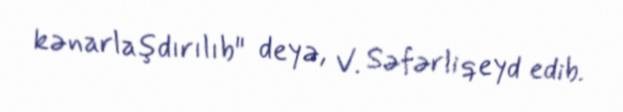
kənarlaşdırılıb" deyə, V. Səfərli qeyd edib.